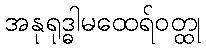
အနုရုဒ္ဓါမထေရ်ဝတ္ထု